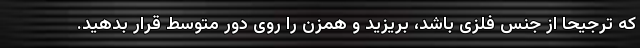
که ترجیحا از جنس فلزی باشد، بریزید و همزن را روی دور متوسط قرار بدهید.